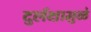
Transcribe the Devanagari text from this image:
दुर्लक्षामुळे